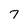
Character: 7